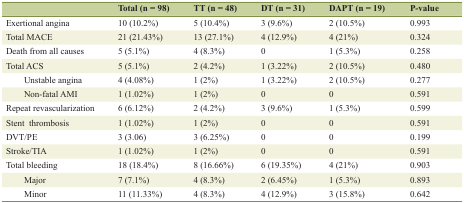
|  | Total (n = 98) | TT (n = 48) | DT (n = 31) | DAPT (n = 19) | P-value |
 | --- | --- | --- | --- | --- | --- |
 | Exertional angina | 10 (10.2%) | 5 (10.4%) | 3 (9.6%) | 2 (10.5%) | 0.993 |
 | Total MACE | 21 (21.43%) | 13 (27.1%) | 4 (12.9%) | 4 (21%) | 0.324 |
 | Death from all causes | 5 (5.1%) | 4 (8.3%) | 0 | 1 (5.3%) | 0.258 |
 | Total ACS | 5 (5.1%) | 2 (4.2%) | 1 (3.22%) | 2 (10.5%) | 0.480 |
 | Unstable angina | 4 (4.08%) | 1 (2%) | 1 (3.22%) | 2 (10.5%) | 0.277 |
 | Non-fatal AMI | 1 (1.02%) | 1 (2%) | 0 | 0 | 0.591 |
 | Repeat revascularization | 6 (6.12%) | 2 (4.2%) | 3 (9.6%) | 1 (5.3%) | 0.599 |
 | Stent thrombosis | 1 (1.02%) | 1 (2%) | 0 | 0 | 0.591 |
 | DVT/PE | 3 (3.06) | 3 (6.25%) | 0 | 0 | 0.199 |
 | Stroke/TIA | 1 (1.02%) | 1 (2%) | 0 | 0 | 0.591 |
 | Total bleeding | 18 (18.4%) | 8 (16.66%) | 6 (19.35%) | 4 (21%) | 0.903 |
 | Major | 7 (7.1%) | 4 (8.3%) | 2 (6.45%) | 1 (5.3%) | 0.893 |
 | Minor | 11 (11.33%) | 4 (8.3%) | 4 (12.9%) | 3 (15.8%) | 0.642 |